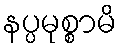
နပ္ပမုစ္စာမိ